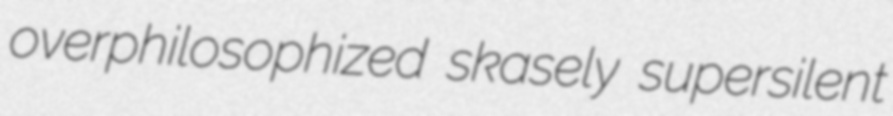
overphilosophized skasely supersilent